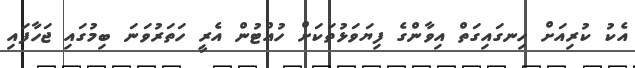
އެކު ކުރިއަށް ހިނގައިގަތް އިވާންގެ ފިޔަވަޅުތަކަށް ހުއްޓުން އެރީ ހަތަރުވަނަ ބިމުގައި ޖަހާފައި